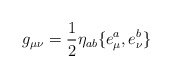
\begin{align*}g_{\mu\nu} = \frac 12 \eta_{ab} \{e^a_{\mu}, e^b_{\nu}\}\end{align*}